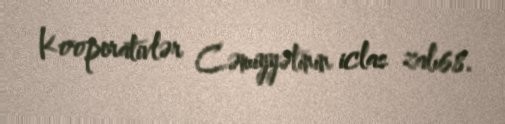
Kooperativlər Cəmiyyətinin iclas zalı68.